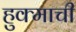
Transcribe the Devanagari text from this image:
हुक्माची